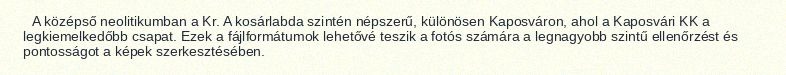
A középső neolitikumban a Kr. A kosárlabda szintén népszerű, különösen Kaposváron, ahol a Kaposvári KK a legkiemelkedőbb csapat. Ezek a fájlformátumok lehetővé teszik a fotós számára a legnagyobb szintű ellenőrzést és pontosságot a képek szerkesztésében.